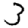
Digit: 3